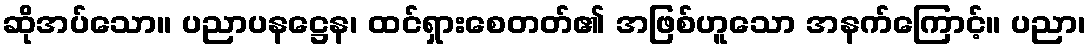
ဆိုအပ်သော။ ပညာပနဋ္ဌေန၊ ထင်ရှားစေတတ်၏ အဖြစ်ဟူသော အနက်ကြောင့်။ ပညာ၊